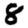
Digit: 8